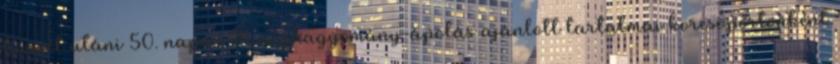
húsvét utáni 50. napon A néphagyomány-ápolás ajánlott tartalmai korcsoportonként